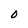
Character: O